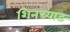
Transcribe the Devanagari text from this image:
शिनच्याङ